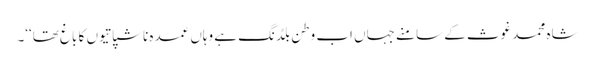
شاہ محمد غوث کے سامنے جہاں اب وطن بلڈنگ ہے وہاں عمدہ ناشپاتیوں کا باغ تھا‘‘۔